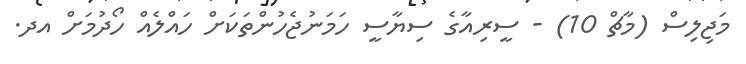
މަޖިލިސް (މާޗް 10) - ސީރިއާގެ ސިޔާސީ ހަމަނުޖެހުންތަކަށް ހައްލެއް ހޯދުމަށް އދ.